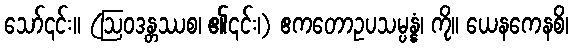
သော်၎င်း။ (ဩဝဒန္တဿစ၊ ၏၎င်း၊) ဧကတောဥပသမ္ပန္နံ၊ ကို။ ယေနကေနစိ၊